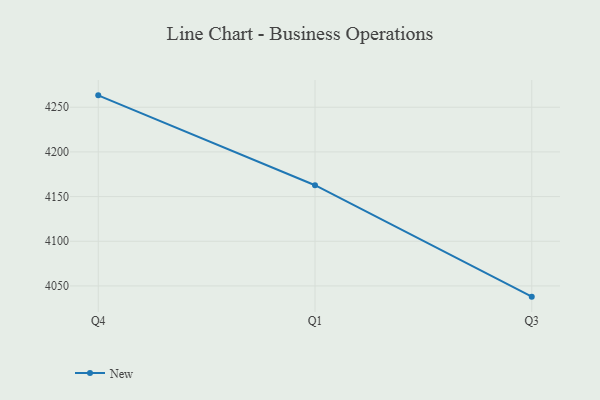
{"axis": {"x": "Quarter", "y": "Satisfaction Score"}, "legend": ["New"], "data": [{"x": "Q4", "y": 4263.3, "type": "New"}, {"x": "Q1", "y": 4162.7, "type": "New"}, {"x": "Q3", "y": 4038.0, "type": "New"}]}